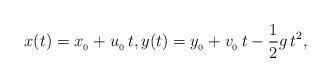
LaTeX: \begin{align*}x(t) = x_{_0}+u_{_0}\,t,y(t) = y_{_0} + v_{_0}\,t- \frac12 g\, t^2,\end{align*}